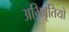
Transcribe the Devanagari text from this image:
अभिवृतियों